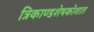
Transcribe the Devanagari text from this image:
त्रिकाण्डशेषकोशात